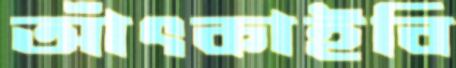
আঁৎকাইবি